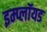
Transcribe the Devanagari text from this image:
इम्प्लॉयड